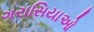
ગરાસિયાઓ